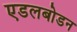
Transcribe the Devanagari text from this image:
एडलबोडन